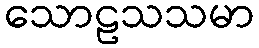
သောဠသသမာ